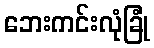
ဘေးကင်းလုံခြုံ